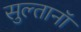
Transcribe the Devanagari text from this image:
सुल्तानॉ